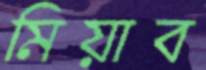
মিয়াব